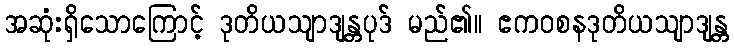
အဆုံးရှိသောကြောင့် ဒုတိယသျာဒျန္တပုဒ် မည်၏။ ဧကဝစနဒုတိယသျာဒျန္တ